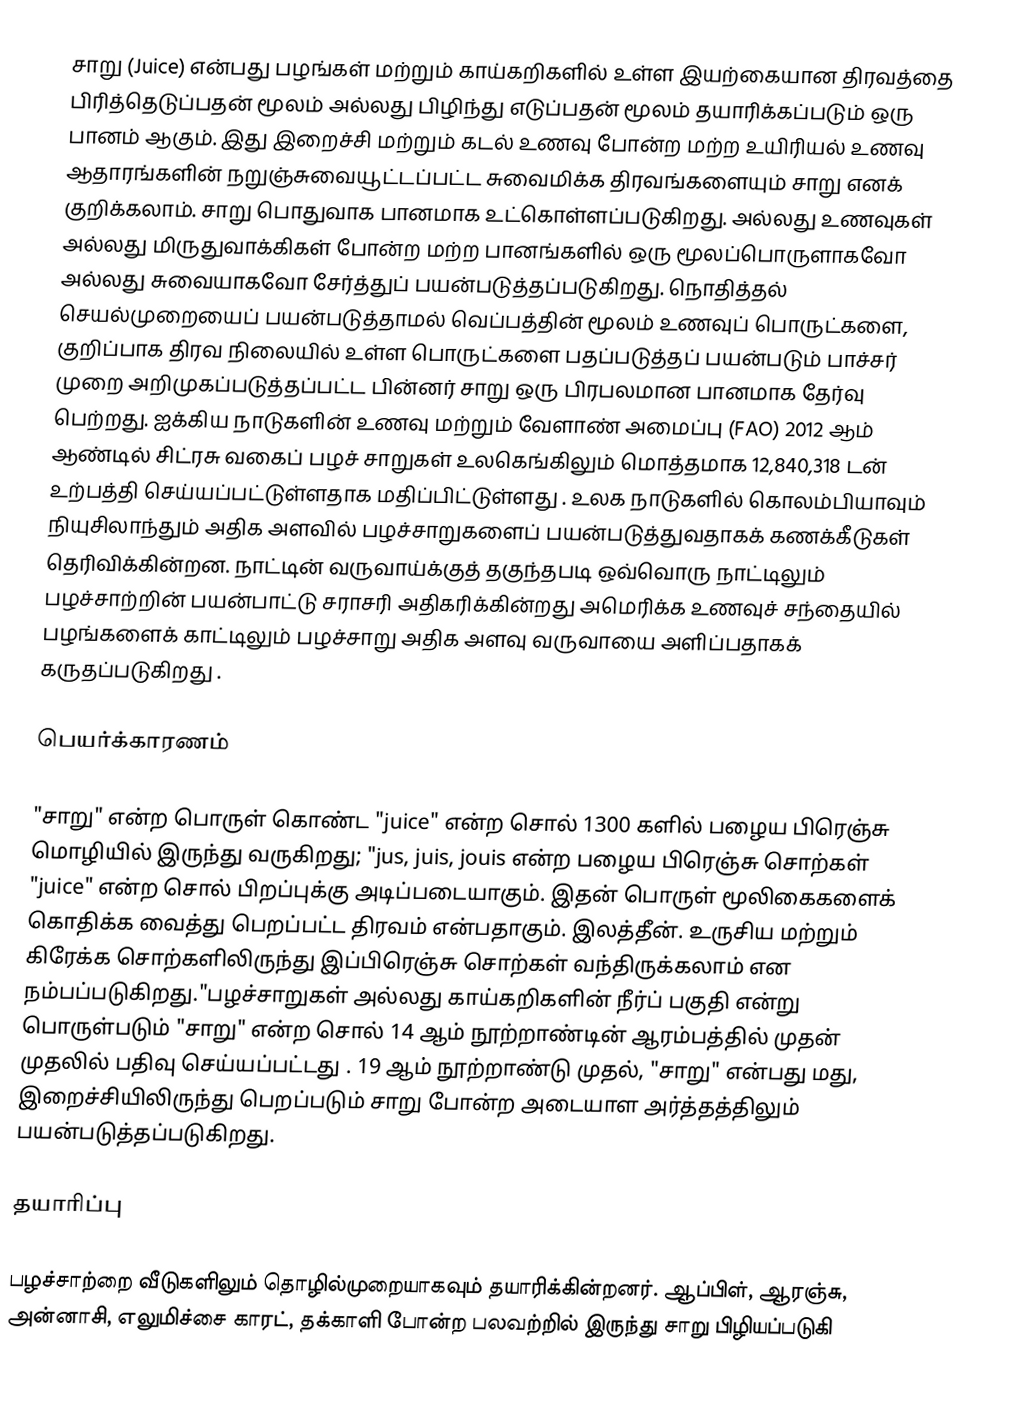
சாறு (Juice) என்பது பழங்கள் மற்றும் காய்கறிகளில் உள்ள இயற்கையான திரவத்தை  பிரித்தெடுப்பதன் மூலம் அல்லது பிழிந்து எடுப்பதன் மூலம் தயாரிக்கப்படும் ஒரு பானம் ஆகும். இது இறைச்சி மற்றும் கடல் உணவு போன்ற மற்ற உயிரியல் உணவு ஆதாரங்களின் நறுஞ்சுவையூட்டப்பட்ட  சுவைமிக்க திரவங்களையும் சாறு எனக் குறிக்கலாம். சாறு பொதுவாக பானமாக உட்கொள்ளப்படுகிறது. அல்லது  உணவுகள் அல்லது மிருதுவாக்கிகள் போன்ற மற்ற பானங்களில் ஒரு மூலப்பொருளாகவோ அல்லது சுவையாகவோ சேர்த்துப் பயன்படுத்தப்படுகிறது. நொதித்தல் செயல்முறையைப் பயன்படுத்தாமல் வெப்பத்தின் மூலம் உணவுப் பொருட்களை, குறிப்பாக திரவ நிலையில் உள்ள பொருட்களை பதப்படுத்தப் பயன்படும் பாச்சர் முறை அறிமுகப்படுத்தப்பட்ட பின்னர் சாறு ஒரு பிரபலமான பானமாக தேர்வு பெற்றது. ஐக்கிய நாடுகளின் உணவு மற்றும் வேளாண் அமைப்பு (FAO) 2012 ஆம் ஆண்டில் சிட்ரசு வகைப் பழச் சாறுகள் உலகெங்கிலும் மொத்தமாக 12,840,318 டன் உற்பத்தி செய்யப்பட்டுள்ளதாக மதிப்பிட்டுள்ளது . உலக நாடுகளில் கொலம்பியாவும் நியுசிலாந்தும் அதிக அளவில் பழச்சாறுகளைப் பயன்படுத்துவதாகக்  கணக்கீடுகள் தெரிவிக்கின்றன. நாட்டின் வருவாய்க்குத் தகுந்தபடி ஒவ்வொரு நாட்டிலும் பழச்சாற்றின் பயன்பாட்டு சராசரி அதிகரிக்கின்றது  அமெரிக்க உணவுச் சந்தையில் பழங்களைக் காட்டிலும் பழச்சாறு அதிக அளவு வருவாயை அளிப்பதாகக் கருதப்படுகிறது .

பெயர்க்காரணம்

"சாறு" என்ற பொருள் கொண்ட "juice" என்ற சொல் 1300 களில் பழைய பிரெஞ்சு மொழியில் இருந்து வருகிறது; "jus, juis, jouis என்ற பழைய பிரெஞ்சு சொற்கள் "juice" என்ற சொல் பிறப்புக்கு அடிப்படையாகும். இதன் பொருள் மூலிகைகளைக் கொதிக்க வைத்து பெறப்பட்ட திரவம் என்பதாகும். இலத்தீன். உருசிய மற்றும் கிரேக்க சொற்களிலிருந்து இப்பிரெஞ்சு சொற்கள் வந்திருக்கலாம் என நம்பப்படுகிறது."பழச்சாறுகள் அல்லது காய்கறிகளின் நீர்ப் பகுதி  என்று பொருள்படும் "சாறு" என்ற சொல் 14 ஆம் நூற்றாண்டின் ஆரம்பத்தில் முதன் முதலில் பதிவு செய்யப்பட்டது . 19 ஆம் நூற்றாண்டு முதல், "சாறு" என்பது மது, இறைச்சியிலிருந்து பெறப்படும் சாறு போன்ற அடையாள அர்த்தத்திலும் பயன்படுத்தப்படுகிறது.

தயாரிப்பு

பழச்சாற்றை வீடுகளிலும் தொழில்முறையாகவும் தயாரிக்கின்றனர். ஆப்பிள், ஆரஞ்சு, அன்னாசி, எலுமிச்சை காரட், தக்காளி போன்ற பலவற்றில் இருந்து சாறு பிழியப்படுகி